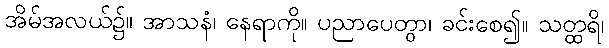
အိမ်အလယ်၌။ အာသနံ၊ နေရာကို။ ပညာပေတွာ၊ ခင်းစေ၍။ သတ္ထရိ၊